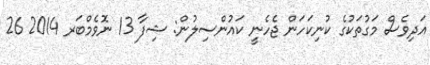
އަދިވެސް މަގުތަކުގެ ކުނިކަހަން ޖެހެނީ ކައުންސިލުން: ޝިފާ 13 ނޮވެމްބަރ 2014 26